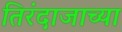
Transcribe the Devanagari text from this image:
तिरंदाजाच्या